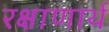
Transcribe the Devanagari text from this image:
रक्षाणार्थ